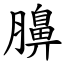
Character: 䑄